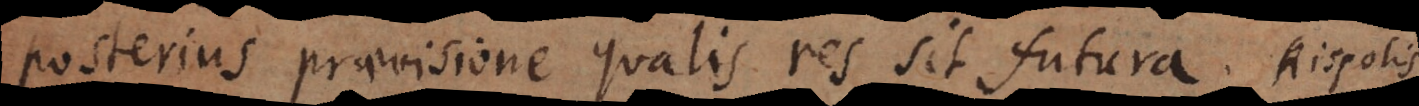
posterius praevisione qualis res sit futura.